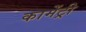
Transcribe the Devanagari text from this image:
कामेंट्री